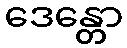
ဒေန္တော